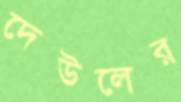
দেউলের